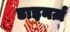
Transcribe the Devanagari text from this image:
डाइनर्ज़